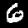
Digit: 6